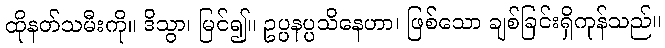
ထိုနတ်သမီးကို။ ဒိသွာ၊ မြင်၍။ ဥပ္ပနပ္ပသိနေဟာ၊ ဖြစ်သော ချစ်ခြင်းရှိကုန်သည်။